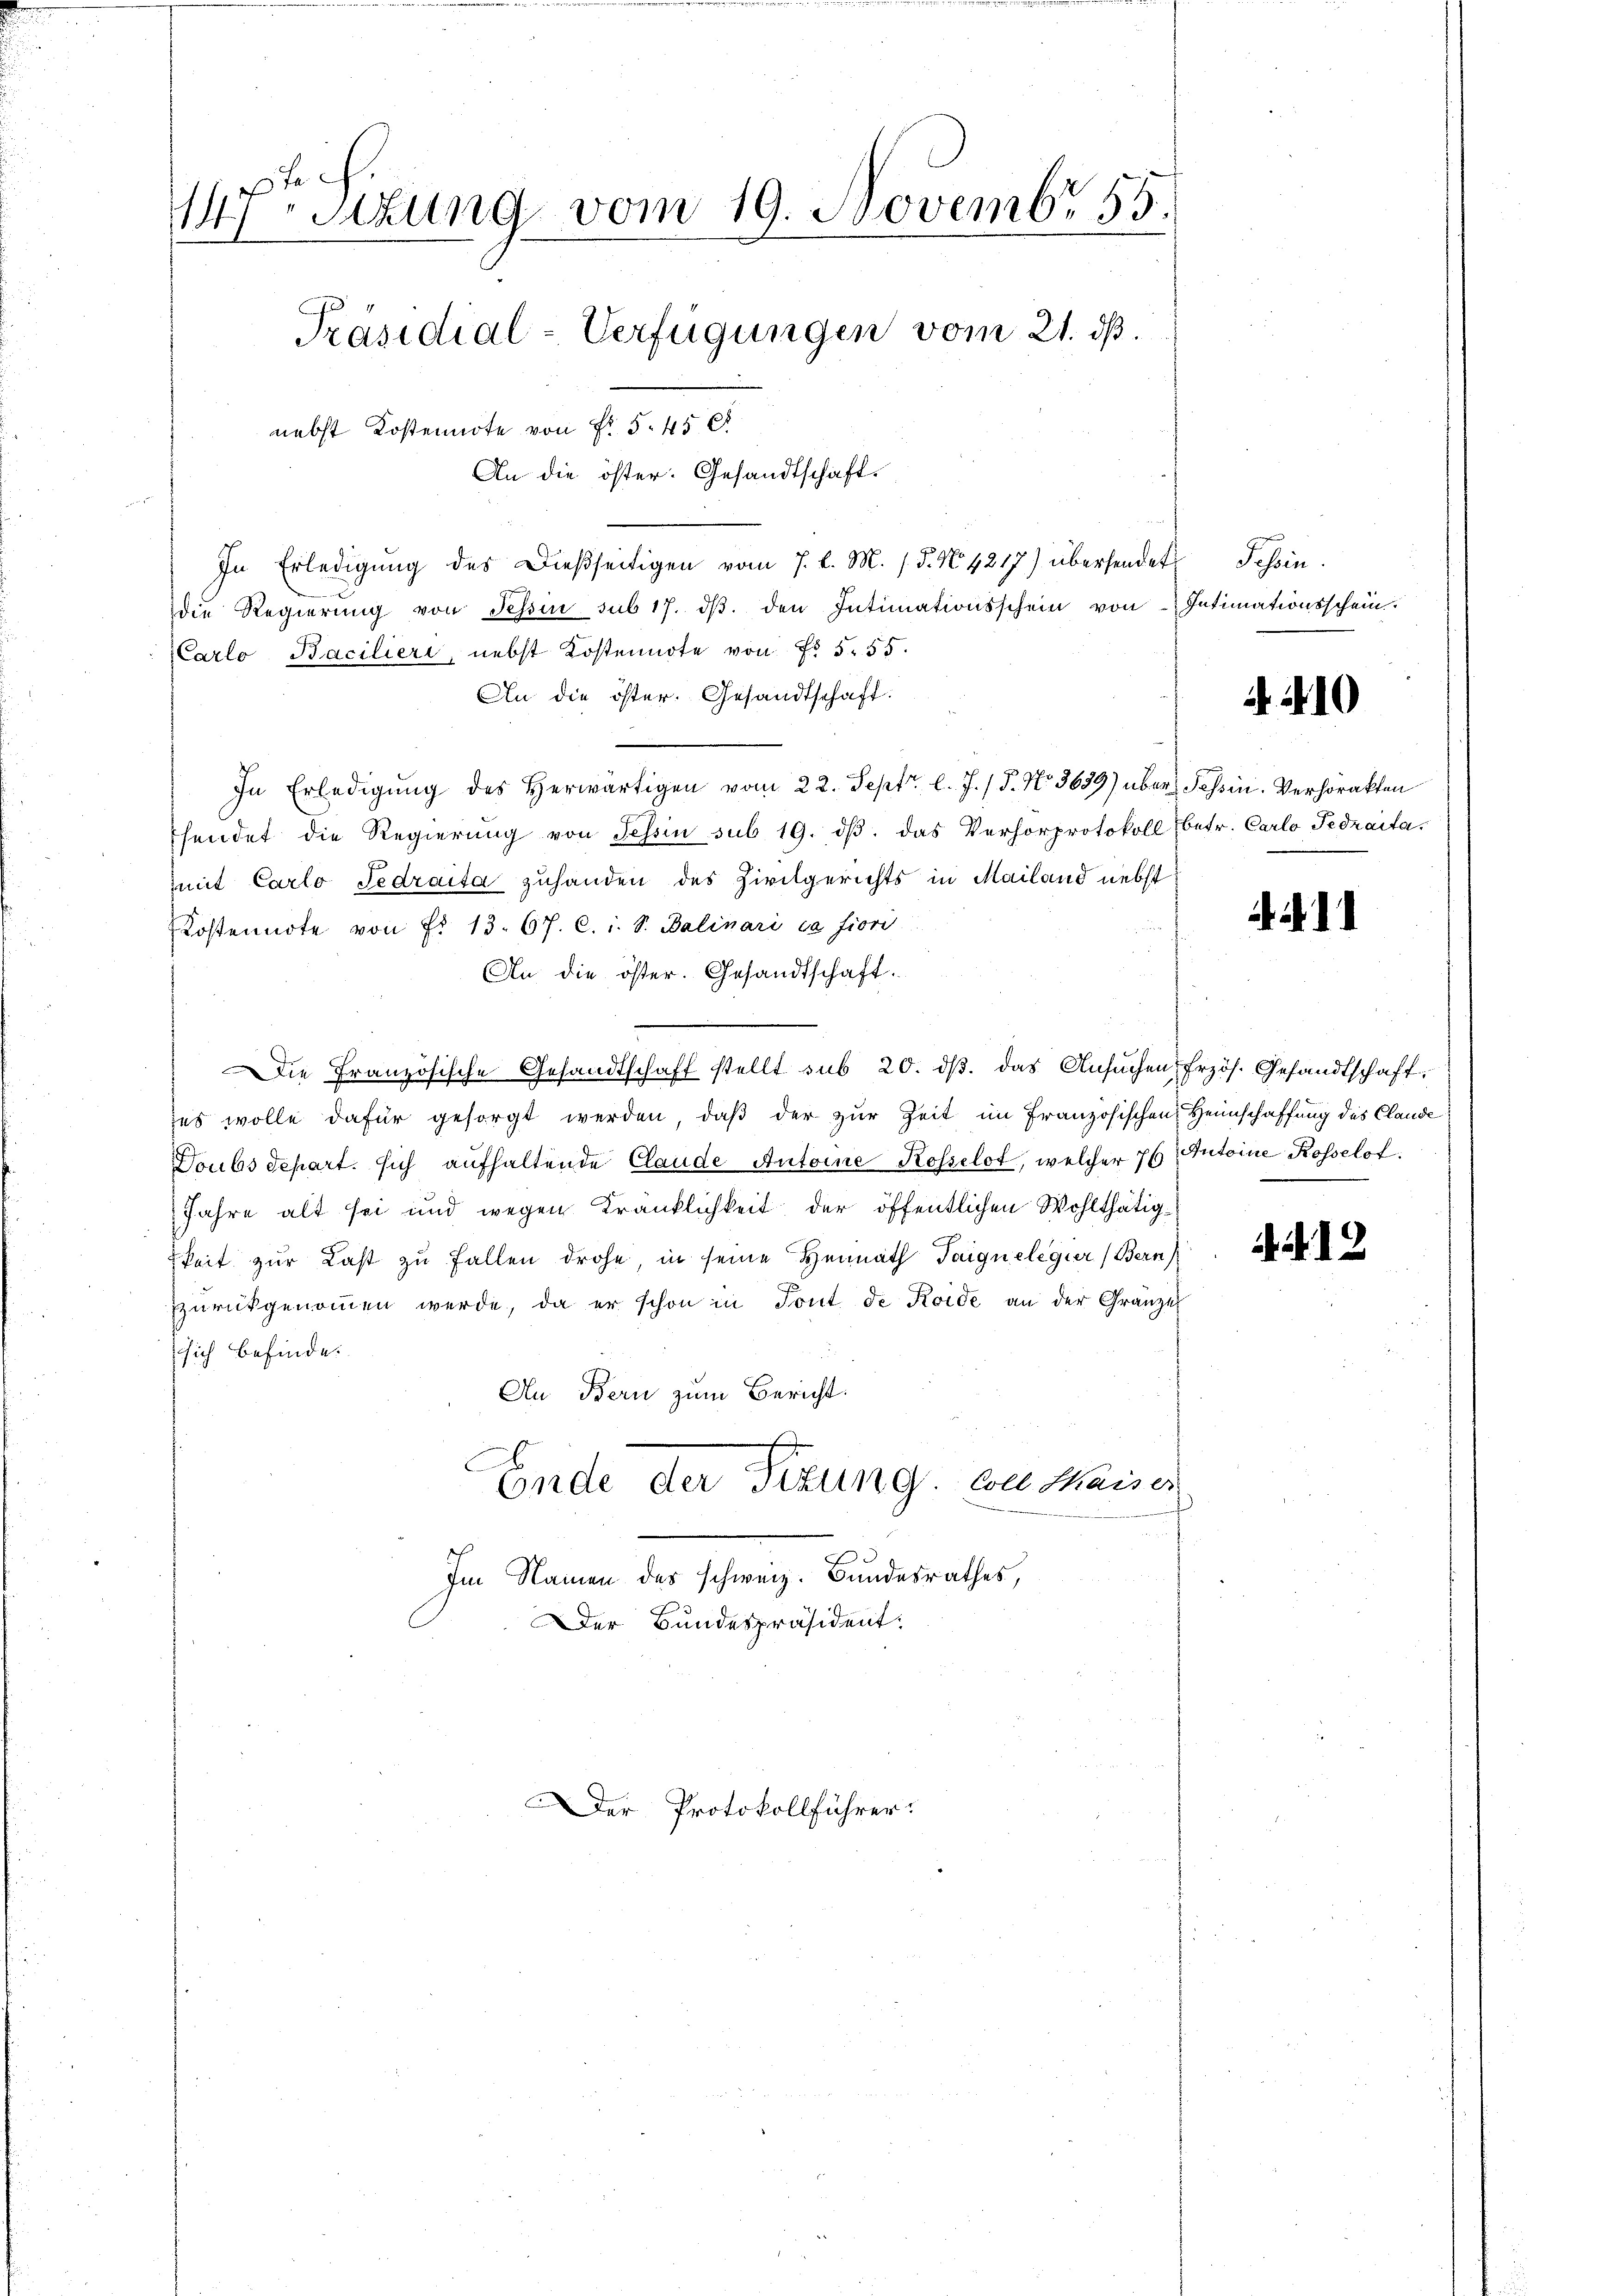
14ten Sizung vom 19. Novembr 55.
Präsidial-Verfügungen vom 21. dß.
nebst Kostennote von Fr. 5. 456
An die öster. Gesandtschaft.

In Erledigung des Dießseitigen vom 7. d. M. / 5. No. 4217) übersendet
die Regierŭng von Tessin sub 17. dβ. den Intimationsschein von Intimationsschein.
Carlo Bacilieri, nebst Kostennote von Fr. 5. 55.
An die öster. Gesandtschaft:
In Erledigŭng des herwärtigen vom 22. Sept. l. J. / 5. No. 3639) über Tessin. Verhörakten
Thendet die Regierŭng von Tessin sub 19. dβ das Verhörprotokoll betr. Carlo Fedraita,
mit Carlo Tedraita zuhanden des Zivilgerichts in Mailand nebst
Kostennote von Nr. 13. 67. c. i. S. Balinari ca Fiori
An die öster. Gesandtschaft.
Die Französische Gesandtschaft stellt sub 20. dβ. das Ansuchen Erzös. Gesandtschaft,
zes wolle dafür gesorgt werden, daβ der zur Zeit im Französischen Heimschaffung des Claude
Doubs depart sich aufhaltende Claude Antoine Rosselot, welcher 76, Antoine Rosselot
Jahre alt sei und wegen Kränklichkeit der öffentlichen Wohlthätigkeit zur Last zu Fallen drohe, in seine Heimath Taignelegier (Bern
zŭrückgenoṁen werde, da er schon in Tont de Koide an der Gränze
sich befinde.
An Bern zum Bericht.
Ende der Sizung, von Maiser
Im Namen des schweiz. Bundesrathes,
Der Bundespräsident:

Der Protokollführer:

Tessin.

10

. . . 2